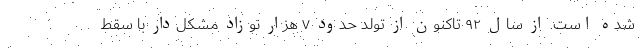
شده است. از سال ۹۲ تاکنون از تولد حدود ۷ هزار نوزاد مشکل‌دار با سقط